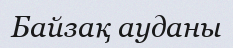
Байзақ ауданы